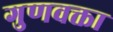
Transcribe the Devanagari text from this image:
गुणवक्ता